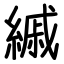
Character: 縬